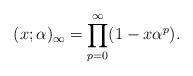
LaTeX: \begin{align*}(x;\alpha)_{\infty}=\prod_{p=0}^{\infty}(1-x\alpha^p).\end{align*}